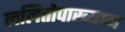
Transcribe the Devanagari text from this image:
ललितोपाख्यान